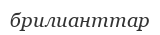
брилианттар